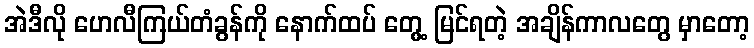
အဲဒီလို ဟေလီကြယ်တံခွန်ကို နောက်ထပ် တွေ့ မြင်ရတဲ့ အချိန်ကာလတွေ မှာတော့